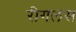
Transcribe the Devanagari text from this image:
रीगलस